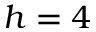
h = 4